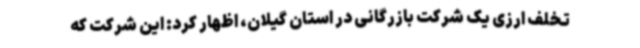
تخلف ارزی یک شرکت بازرگانی در استان گیلان، اظهار کرد: این شرکت که